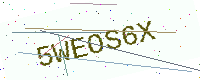
Text: 5WEOS6X